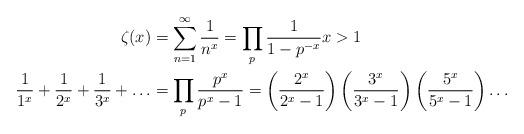
LaTeX: \begin{align*}\zeta(x) &= \sum_{n=1}^\infty \frac{1}{n^x} = \prod_{p }\frac{1}{1-p^{-x}} x>1\\\frac{1}{1^x}+\frac{1}{2^x}+\frac{1}{3^x}+\dots &= \prod_{p }\frac{p^x}{p^x-1} = \left(\frac{2^x}{2^x-1}\right)\left(\frac{3^x}{3^x-1}\right)\left(\frac{5^x}{5^x-1}\right)\dots\end{align*}